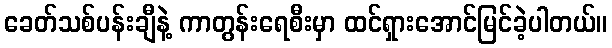
ခေတ်သစ်ပန်းချီနဲ့ ကာတွန်းရေစီးမှာ ထင်ရှားအောင်မြင်ခဲ့ပါတယ်။